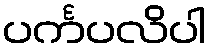
ပင်္ကပလိပါ